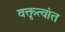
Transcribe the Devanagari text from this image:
वक्तृत्वांत